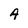
Character: A